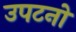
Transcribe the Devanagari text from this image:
उपटनों